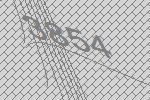
3854